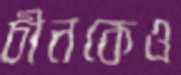
চীনকেও